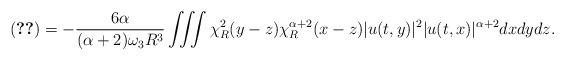
LaTeX: \begin{align*} \eqref{term-1-3} = -\frac{6\alpha}{(\alpha+2)\omega_3 R^3} \iiint \chi^2_R(y-z) \chi^{\alpha+2}_R(x-z) |u(t,y)|^2 |u(t,x)|^{\alpha+2} dx dydz. \end{align*}